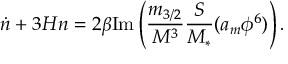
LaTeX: \dot { n } + 3 H n = 2 \beta \mathrm { I m } \left( \frac { m _ { 3 / 2 } } { M ^ { 3 } } \frac { S } { M _ { * } } ( a _ { m } \phi ^ { 6 } ) \right) .